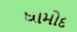
ધામોદ